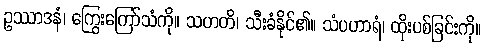
ဥဿာဒနံ၊ ကြွေးကြော်သံကို။ သဟတိ၊ သီးခံနိုင်၏။ သံပဟာရံ၊ ထိုးပစ်ခြင်းကို။